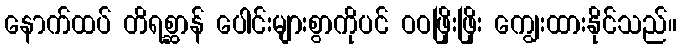
နောက်ထပ် တိရစ္ဆာန် ပေါင်းများစွာကိုပင် ဝဝဖြိုးဖြိုး ကျွေးထားနိုင်သည်။